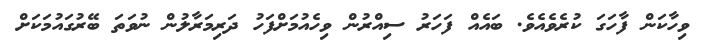
ވިހާކަން ފާހަގަ ކުރެވެއެވެ. ބައެއް ފަހަރު ސިއްރުން ވިހެއުމަށްފަހު ދަރިމަރާލުން ނުވަތަ ބޭރުގައުމަކަށް